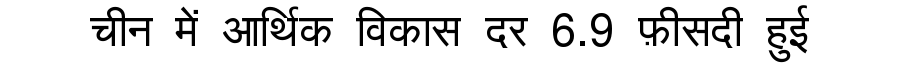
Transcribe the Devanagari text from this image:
चीन में आर्थिक विकास दर 6.9 फ़ीसदी हुई